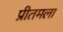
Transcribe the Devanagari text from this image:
प्रीतमला